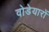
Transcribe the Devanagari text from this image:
वोडेयारों